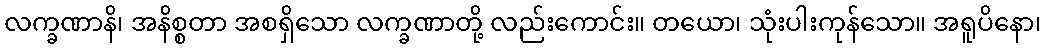
လက္ခဏာနိ၊ အနိစ္စတာ အစရှိသော လက္ခဏာတို့ လည်းကောင်း။ တယော၊ သုံးပါးကုန်သော။ အရူပိနော၊